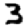
Digit: 3